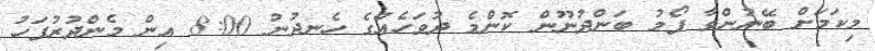
މިކަމަށް ބޭނުންވާ ފޯމު ބަންދުނޫން ކޮންމެ ދުވަހެއްގެ ހެނދުނު 8:00 އިން މެންދުރުފަހު